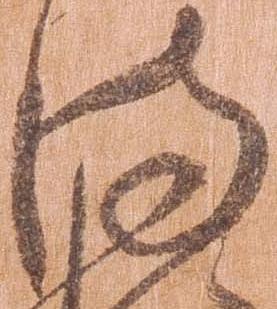
満